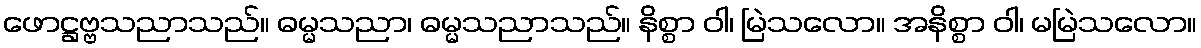
ဖောဋ္ဌဗ္ဗသညာသည်။ ဓမ္မသညာ၊ ဓမ္မသညာသည်။ နိစ္စာ ဝါ၊ မြဲသလော။ အနိစ္စာ ဝါ၊ မမြဲသလော။